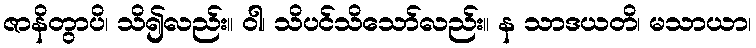
ဇာနိတွာပိ၊ သိ၍လည်း။ ဝါ၊ သိပင်သိသော်လည်း။ န သာဒယတိ၊ မသာယာ၊